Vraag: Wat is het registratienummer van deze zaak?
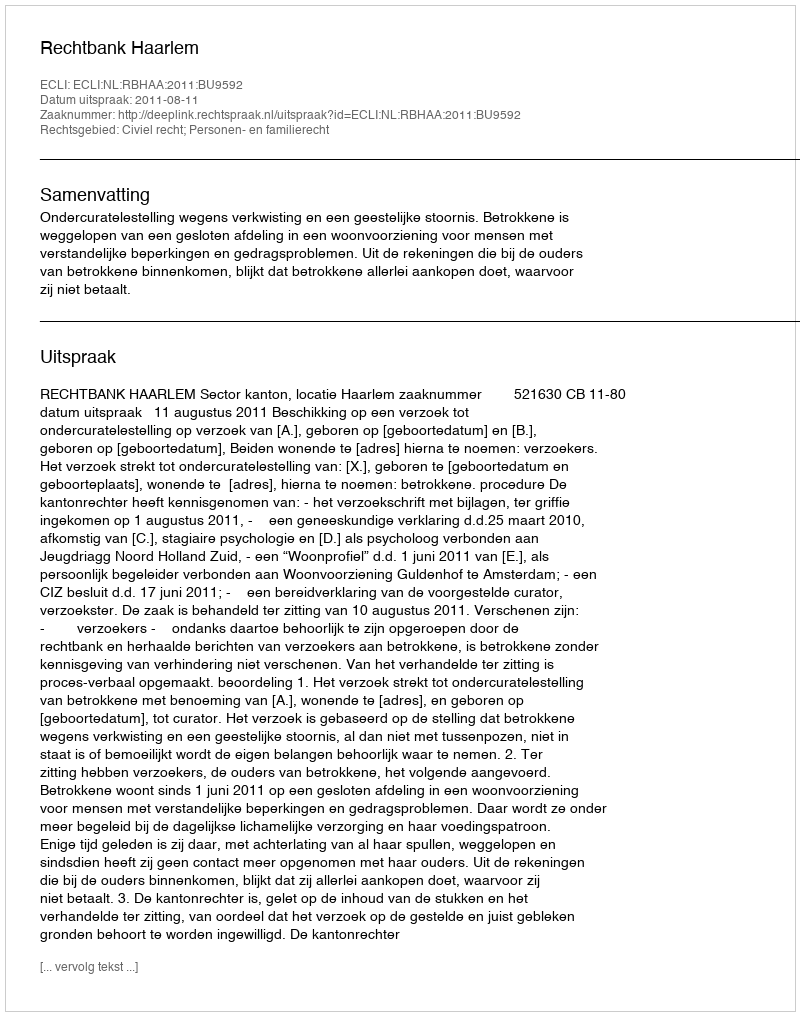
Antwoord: http://deeplink.rechtspraak.nl/uitspraak?id=ECLI:NL:RBHAA:2011:BU9592